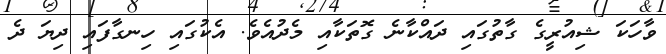
ވާހަކަ ޝިއުރީގެ ގާތުގައި ދައްކާނެ ގޮތަކާއި މެދުއެވެ. އެކުގައި ހިނގާފައި ދިޔަ ދެ